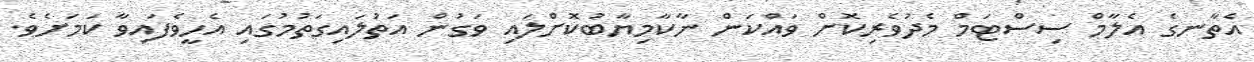
އެތާނގެ އެލާމް ސިސްޓަމް މެދުވެރިކޮށް ވައްކަން ނާކާމިޔާބުކޮށްލައި ވަގުން އަތުލައިގަތުމުގައި އެހީވެފައިވާ ކަމަށެވެ.